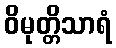
ဝိမုတ္တိသာရံ